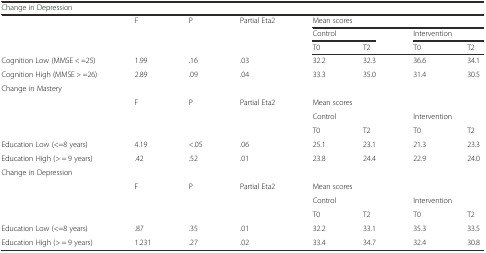
| <COLSPAN=8> Change in Depression |
 | <ROWSPAN=3>  | <ROWSPAN=3> F | <ROWSPAN=3> P | <ROWSPAN=3> Partial Eta2 | <COLSPAN=4> Mean scores |
 | <COLSPAN=2> Control | <COLSPAN=2> Intervention |
 | T0 | T2 | T0 | T2 |
 | --- | --- | --- | --- | --- | --- | --- | --- |
 | Cognition Low (MMSE < =25) | 1.99 | .16 | .03 | 32.2 | 32.3 | 36.6 | 34.1 |
 | Cognition High (MMSE > =26) | 2.89 | .09 | .04 | 33.3 | 35.0 | 31.4 | 30.5 |
 | <COLSPAN=8> Change in Mastery |
 | <ROWSPAN=3>  | <ROWSPAN=3> F | <ROWSPAN=3> P | <ROWSPAN=3> Partial Eta2 | <COLSPAN=4> Mean scores |
 | <COLSPAN=2> Control | <COLSPAN=2> Intervention |
 | T0 | T2 | T0 | T2 |
 | Education Low (<=8 years) | 4.19 | <.05 | .06 | 25.1 | 23.1 | 21.3 | 23.3 |
 | Education High (> = 9 years) | .42 | .52 | .01 | 23.8 | 24.4 | 22.9 | 24.0 |
 | <COLSPAN=8> Change in Depression |
 | <ROWSPAN=3>  | <ROWSPAN=3> F | <ROWSPAN=3> P | <ROWSPAN=3> Partial Eta2 | <COLSPAN=4> Mean scores |
 | <COLSPAN=2> Control | <COLSPAN=2> Intervention |
 | T0 | T2 | T0 | T2 |
 | Education Low (<=8 years) | .87 | .35 | .01 | 32.2 | 33.1 | 35.3 | 33.5 |
 | Education High (> = 9 years) | 1.231 | .27 | .02 | 33.4 | 34.7 | 32.4 | 30.8 |